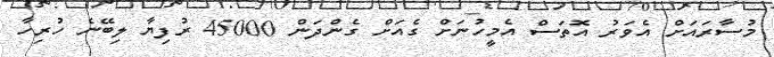
މުސާރައަށް އެވަރު އޮތަސް އެމީހުނަށް ގެއަށް ގެންދަން 45000 ރުފިޔާ ލިބޭނެ ހުރިހާ